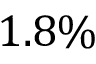
1 . 8 \%